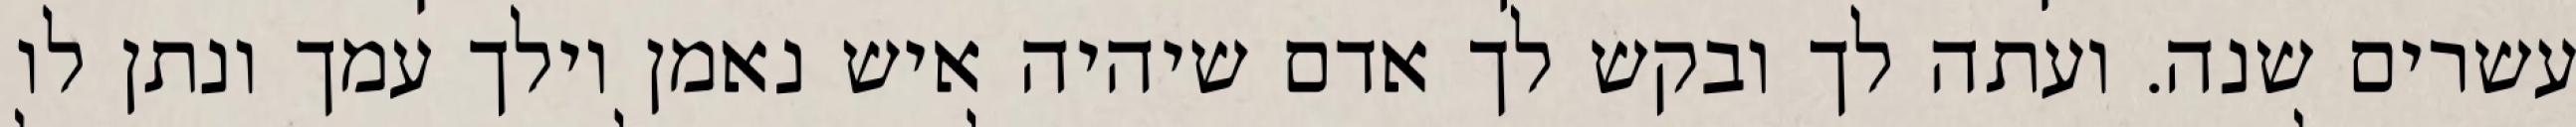
עשרים שנה. ועתה לך ובקש לך אדם שיהיה איש נאמן וילך עמך ונתן לו